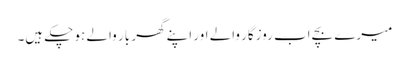
میرے بچے اب روزگار والے اور اپنے گھر بار والے ہو چکے ہیں۔